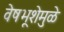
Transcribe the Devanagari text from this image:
वेषभूशेमुळे